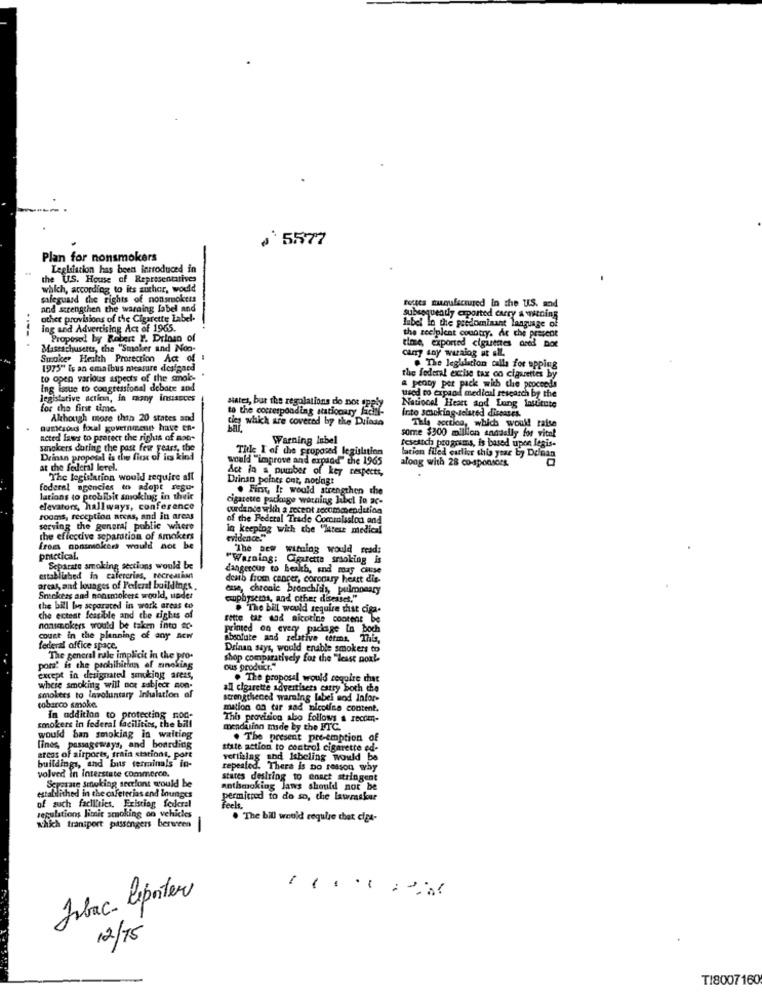
#`5577
Plan for nonsmokers
Legliation has been introduced in
the U.S. House of Representatives
which, according to its author, would
safeguard the rights of nonsmokers
toutes manufactured In the U.S. and
and strengthen the warning label and
other provisions of the Cigarette Label-
label in the predominant language of
subsequently exported curry a witning
Ing and Advertising Act of 1965.
.... .
Proposed by Robert Y. Drinsn of
the recipient country. Ar che present
time, exported ciguenes ored Dot
Massachusetts, the "Smoker and Non-
Carry sny waralog at .IL.
Smaker Health Protection Act of
1975" Is an emaibus measure designed
. The legislation calls for upping
to open various aspects of the amok-
the federal excise tax oo cigarettes by
Ing issue to congressional debate and
& peony per pack with che proceeds
legislative action, la ramny insiseces
used to expand medical research by the
National Heart and Lung institute
for the first time.
to the corresponding stationary fall-
states, but the regulations do not apply
Into smacking-selared diseases.
Although more thth 20 states and
Of which are covered by the Duinse
nuncsod fixal government have en-
some $300 million andsally for vital
This acctlos, which would raise
acted laws to protect the rights of mot-
Warning Inbel
research programs, is based upon legis-
sanokers during the past few years, the
Title I of the proposed legislation
Drinan proposal is the fick of its kind
would "improve and expand" the 1965
lation filed earlier this year by Deinan
along with 28 co-sponsors,
at the federal level.
Act in a pumber of key respects,
The legislation would require aft
Drinsn points ont, noding:
federal agencies to adopt resu-
. First, It would strengthen the
lations to problbit smoking in their
cigarette package warning libel lo ac-
elevators, hallways, conference
ourdance with a recent recommenditida
rooms, reception areas, and in areas
of the Federal Trade Commission and
serving the general public where
in keeping with the "Itese medical
the effective separation of smokers
evidence."
frees nonsmokers would not be
"The new warning would read;
practical.
"Warning: Cigaretta srsoking is
Separate smoking sections would be
dangerous to health, and may cause
established in cafercries, recreasims
death from cancer, coronary heart dis-
areas, aad lounges of Perleral buildings.
tue, chronic bronchitis, pulmonary
Smokers and nonsmokers would, under
cuphysets, and other diseases."
the bill be separated in work areas to
. The bill would require that ciga-
che ecteat feasible and the rights of
rette tat wod nicotine content be
nonsmokers would be taken into so-
printed on every package In boch
count in the planning of any new
Absolute and relative terms.
Thia
federal office space.
Drinan says, would enable smokers to
The general rule implicit in the pro-
shop comparatively for the "least noal-
pors' is the prohibition of mnoking
ous producr."
except in designated smoking areas,
. The proposal would require that
smokers to involuntary insulation af
where smoking will not subject mon-
all cigarette advertisers carry both che
strengthened warning label sod Infor-
cobarco smoke.
mation on tar sad bleckfee content.
smokers in federal facilities, the bill
In addition to protecting mod-
This provision abo follows a recom-
menduinn made by the FTC.
would ban smoking in waiting
. The present pre-emption of
lines, passageways, and boarding
state action to control cigarette ed-
arcas of airports, train stations, port
vertaalag and Isbeling would be
buildings, and bus terminals in-
repeated. There is no reason why
volved in interstate commerce.
Separate Smoking seerfont would be
states deslting to enact stringent
anthsmoking Jaws should not be
established in the cafeterias end lounges
permitted to do so, the lawsskur
of such facilities, Existiag federal
feels.
regulations limit smoking on vehicles
which transport passengers berween
. The bill would require that cig4-
Jobac- liporter
12/15
T18007160